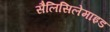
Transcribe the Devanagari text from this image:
सैलिसिलेमाइड